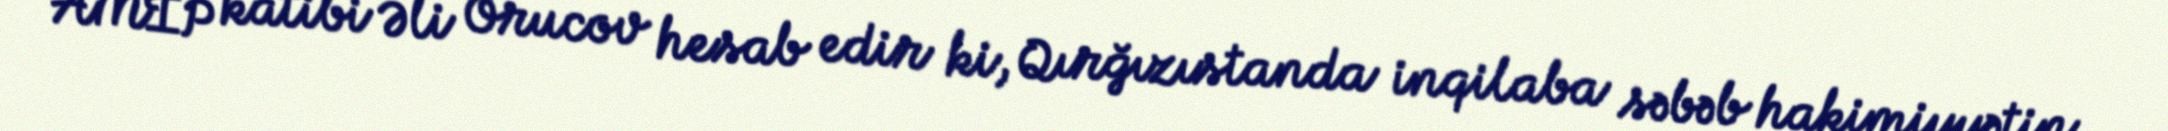
AMİP katibi Əli Orucov hesab edir ki, Qırğızıstanda inqilaba səbəb hakimiyyətin